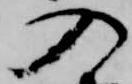
入